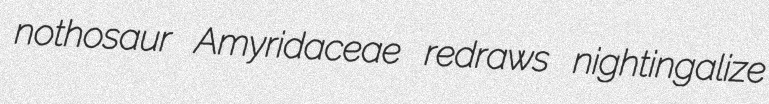
nothosaur Amyridaceae redraws nightingalize